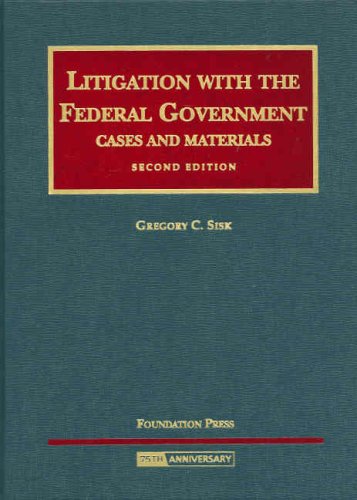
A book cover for Litigation with the Federal Government (University Casebook Series); Gregory Sisk; Law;